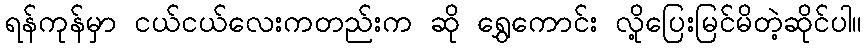
ရန်ကုန်မှာ ငယ်ငယ်လေးကတည်းက ဆို ရွှေကောင်း လို့ပြေးမြင်မိတဲ့ဆိုင်ပါ။